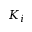
K _ { i }